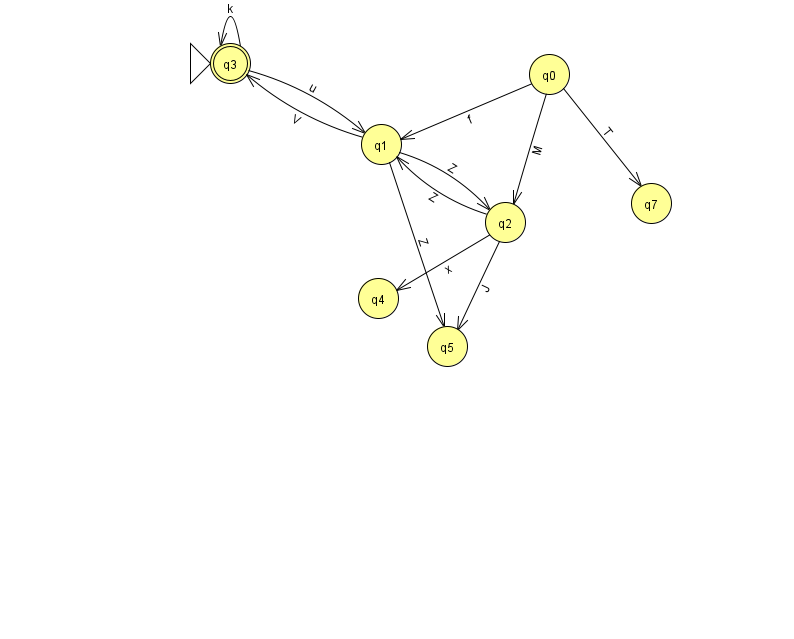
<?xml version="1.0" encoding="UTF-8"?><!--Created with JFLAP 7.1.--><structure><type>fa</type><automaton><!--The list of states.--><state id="0" name="q0"><x>549.0</x><y>61.0</y></state><state id="1" name="q1"><x>381.0</x><y>131.0</y></state><state id="2" name="q2"><x>505.0</x><y>209.0</y></state><state id="3" name="q3"><x>230.0</x><y>50.0</y><initial/><final/></state><state id="4" name="q4"><x>378.0</x><y>285.0</y></state><state id="5" name="q5"><x>447.0</x><y>333.0</y></state><state id="7" name="q7"><x>651.0</x><y>190.0</y></state><!--The list of transitions.--><transition><from>0</from><to>2</to><read>M</read></transition><transition><from>1</from><to>3</to><read>V</read></transition><transition><from>1</from><to>5</to><read>Z</read></transition><transition><from>3</from><to>1</to><read>u</read></transition><transition><from>1</from><to>2</to><read>Z</read></transition><transition><from>2</from><to>1</to><read>Z</read></transition><transition><from>0</from><to>1</to><read>f</read></transition><transition><from>3</from><to>3</to><read>k</read></transition><transition><from>2</from><to>4</to><read>x</read></transition><transition><from>2</from><to>5</to><read>J</read></transition><transition><from>0</from><to>7</to><read>T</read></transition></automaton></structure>